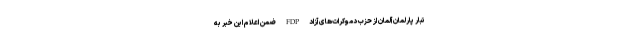
تبار پارلمان آلمان از حزب دموکرات‌های آزاد FDP ضمن اعلام این خبر به